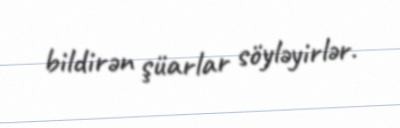
bildirən şüarlar söyləyirlər.